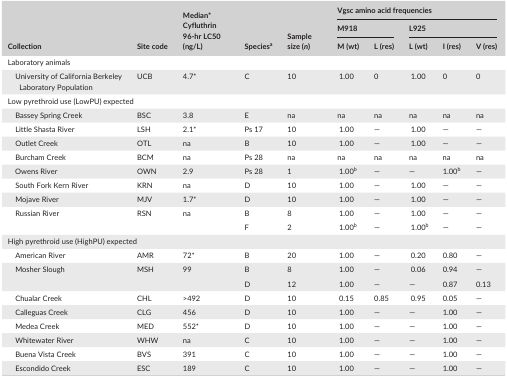
<table><thead><tr><td rowspan="3"><b>Collection</b></td><td rowspan="3"><b>Site code</b></td><td rowspan="3"><b>Median* Cyfluthrin 96‐hr LC50 (ng/L)</b></td><td rowspan="3"><b>Speciesa</b></td><td rowspan="3"><b>Sample size (<i>n</i>)</b></td><td colspan="5"><b>Vgsc amino acid frequencies</b></td></tr><tr><td colspan="2"><b>M918</b></td><td colspan="3"><b>L925</b></td></tr><tr><td><b>M (wt)</b></td><td><b>L (res)</b></td><td><b>L (wt)</b></td><td><b>I (res)</b></td><td><b>V (res)</b></td></tr></thead><tbody><tr><td colspan="10">Laboratory animals</td></tr><tr><td>University of California Berkeley Laboratory Population</td><td>UCB</td><td>4.7*</td><td>C</td><td>10</td><td>1.00</td><td>0</td><td>1.00</td><td>0</td><td>0</td></tr><tr><td colspan="10">Low pyrethroid use (LowPU) expected</td></tr><tr><td>Bassey Spring Creek</td><td>BSC</td><td>3.8</td><td>E</td><td>na</td><td>na</td><td>na</td><td>na</td><td>na</td><td>na</td></tr><tr><td>Little Shasta River</td><td>LSH</td><td>2.1*</td><td>Ps 17</td><td>10</td><td>1.00</td><td>—</td><td>1.00</td><td>—</td><td>—</td></tr><tr><td>Outlet Creek</td><td>OTL</td><td>na</td><td>B</td><td>10</td><td>1.00</td><td>—</td><td>1.00</td><td>—</td><td>—</td></tr><tr><td>Burcham Creek</td><td>BCM</td><td>na</td><td>Ps 28</td><td>na</td><td>na</td><td>na</td><td>na</td><td>na</td><td>na</td></tr><tr><td>Owens River</td><td>OWN</td><td>2.9</td><td>Ps 28</td><td>1</td><td>1.00b</td><td>—</td><td>—</td><td>1.00b</td><td>—</td></tr><tr><td>South Fork Kern River</td><td>KRN</td><td>na</td><td>D</td><td>10</td><td>1.00</td><td>—</td><td>1.00</td><td>—</td><td>—</td></tr><tr><td>Mojave River</td><td>MJV</td><td>1.7*</td><td>D</td><td>10</td><td>1.00</td><td>—</td><td>1.00</td><td>—</td><td>—</td></tr><tr><td rowspan="2">Russian River</td><td rowspan="2">RSN</td><td rowspan="2">na</td><td>B</td><td>8</td><td>1.00</td><td>—</td><td>1.00</td><td>—</td><td>—</td></tr><tr><td>F</td><td>2</td><td>1.00b</td><td>—</td><td>1.00b</td><td>—</td><td>—</td></tr><tr><td colspan="10">High pyrethroid use (HighPU) expected</td></tr><tr><td>American River</td><td>AMR</td><td>72*</td><td>B</td><td>20</td><td>1.00</td><td>—</td><td>0.20</td><td>0.80</td><td>—</td></tr><tr><td rowspan="2">Mosher Slough</td><td rowspan="2">MSH</td><td rowspan="2">99</td><td>B</td><td>8</td><td>1.00</td><td>—</td><td>0.06</td><td>0.94</td><td>—</td></tr><tr><td>D</td><td>12</td><td>1.00</td><td>—</td><td>—</td><td>0.87</td><td>0.13</td></tr><tr><td>Chualar Creek</td><td>CHL</td><td>&gt;492</td><td>D</td><td>10</td><td>0.15</td><td>0.85</td><td>0.95</td><td>0.05</td><td>—</td></tr><tr><td>Calleguas Creek</td><td>CLG</td><td>456</td><td>D</td><td>10</td><td>1.00</td><td>—</td><td>—</td><td>1.00</td><td>—</td></tr><tr><td>Medea Creek</td><td>MED</td><td>552*</td><td>D</td><td>10</td><td>1.00</td><td>—</td><td>—</td><td>1.00</td><td>—</td></tr><tr><td>Whitewater River</td><td>WHW</td><td>na</td><td>C</td><td>10</td><td>1.00</td><td>—</td><td>—</td><td>1.00</td><td>—</td></tr><tr><td>Buena Vista Creek</td><td>BVS</td><td>391</td><td>C</td><td>10</td><td>1.00</td><td>—</td><td>—</td><td>1.00</td><td>—</td></tr><tr><td>Escondido Creek</td><td>ESC</td><td>189</td><td>C</td><td>10</td><td>1.00</td><td>—</td><td>—</td><td>1.00</td><td>—</td></tr></tbody></table>